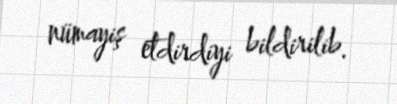
nümayiş etdirdiyi bildirilib.